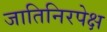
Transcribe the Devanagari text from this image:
जातिनिरपेक्ष